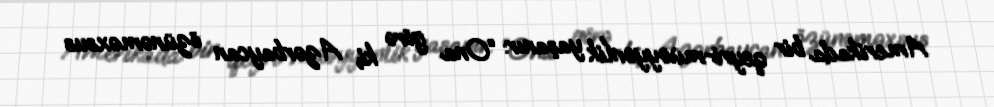
Amerikada bir qeyri-müəyyənlik yaşanır: “Ona görə ki, Azərbaycan özünəməxsus